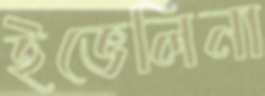
ইভেলিনা